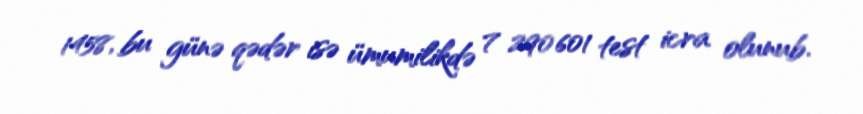
1458, bu günə qədər isə ümumilikdə 7 290 601 test icra olunub.